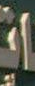
་